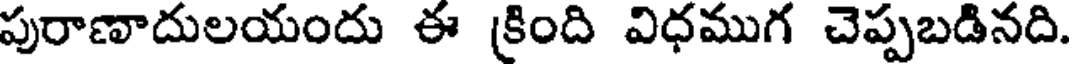
పురాణాదులయందు ఈ క్రింది విధముగ చెప్పబడినది.